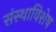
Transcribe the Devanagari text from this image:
संस्थाविशेष